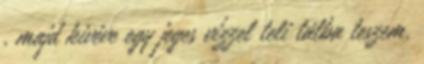
, majd kivéve egy jeges vízzel teli tálba teszem.